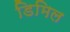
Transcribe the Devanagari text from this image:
डिमिल